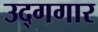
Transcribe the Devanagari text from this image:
उद्गगार